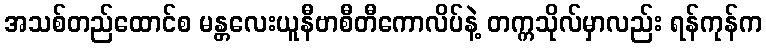
အသစ်တည်ထောင်စ မန္တလေးယူနီဗာစီတီကောလိပ်နဲ့ တက္ကသိုလ်မှာလည်း ရန်ကုန်က